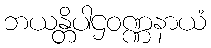
ဘယန္တိပါဌဝဏ္ဏနာယံ